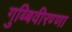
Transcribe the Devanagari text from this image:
गुब्बिवीरण्णा